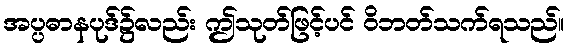
အပ္ပဓာနပုဒ်၌လည်း ဤသုတ်ဖြင့်ပင် ဝိဘတ်သက်ရသည်။